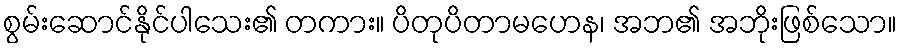
စွမ်းဆောင်နိုင်ပါသေး၏ တကား။ ပိတုပိတာမဟေန၊ အဘ၏ အဘိုးဖြစ်သော။